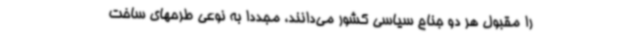
را مقبول هر دو جناح سیاسی کشور می‌دانند، مجدداً به نوعی طرحهای ساخت